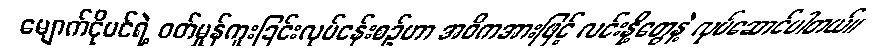
မျောက်ငိုပင်ရဲ့ ဝတ်မှုန်ကူးခြင်းလုပ်ငန်းစဉ်ဟာ အဓိကအားဖြင့် လင်းနို့တွေနဲ့ လုပ်ဆောင်ပါတယ်။